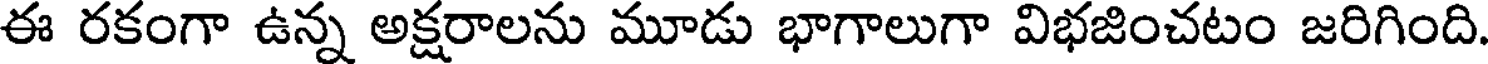
ఈ రకంగా ఉన్న అక్షరాలను మూడు భాగాలుగా విభజించటం జరిగింది